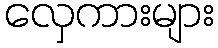
လှေကားများ